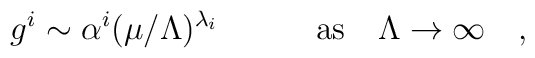
g^i\sim\alpha^i(\mu/\Lambda)^{\lambda_i}\quad\quad\quad{\rm as} \quad \Lambda\to\infty\quad,